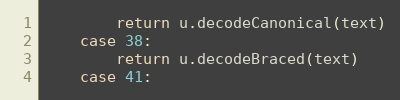
Language: Go
		return u.decodeCanonical(text)
	case 38:
		return u.decodeBraced(text)
	case 41: